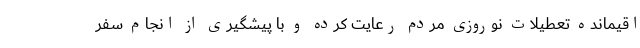
اقیمانده تعطیلات نوروزی مردم رعایت کرده و با پیشگیری از انجام سفر